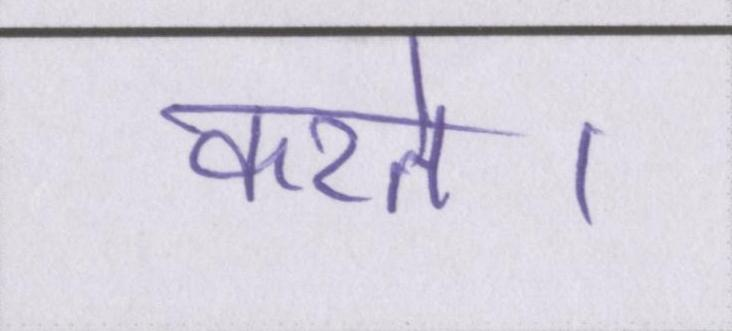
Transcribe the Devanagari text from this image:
करते।